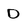
Character: D